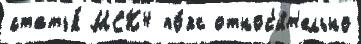
статья́ МСК4 по́яс относ'и́т'ельно